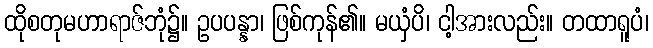
ထိုစတုမဟာရာဇ်ဘုံ၌။ ဥပပန္နာ၊ ဖြစ်ကုန်၏။ မယှံပိ၊ ငါ့အားလည်း။ တထာရူပံ၊